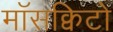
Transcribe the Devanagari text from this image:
माॅसक्विटो